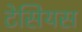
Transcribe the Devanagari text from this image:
टेसियस